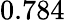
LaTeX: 0.784